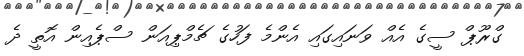
ގްރޫޕް ސީގެ އެއް ވަނައިގައި އެންމެ ފަހުގެ ޗެމްޕިއަން ސްޕެއިން އޮތީ ދެ